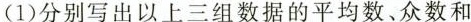
(1)分别写出以上三组数据的平均数、众数和